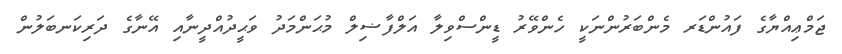
ޖަމްޢިއްޔާގެ ފައުންޑަރ މެންބަރުންނަކީ ހެންވޭރު ޑީންސްވިލާ އަލްފާޟިލް މުޙަންމަދު ވަޙީދުއްދީނާއި އޭނާގެ ދަރިކަނބަލުން